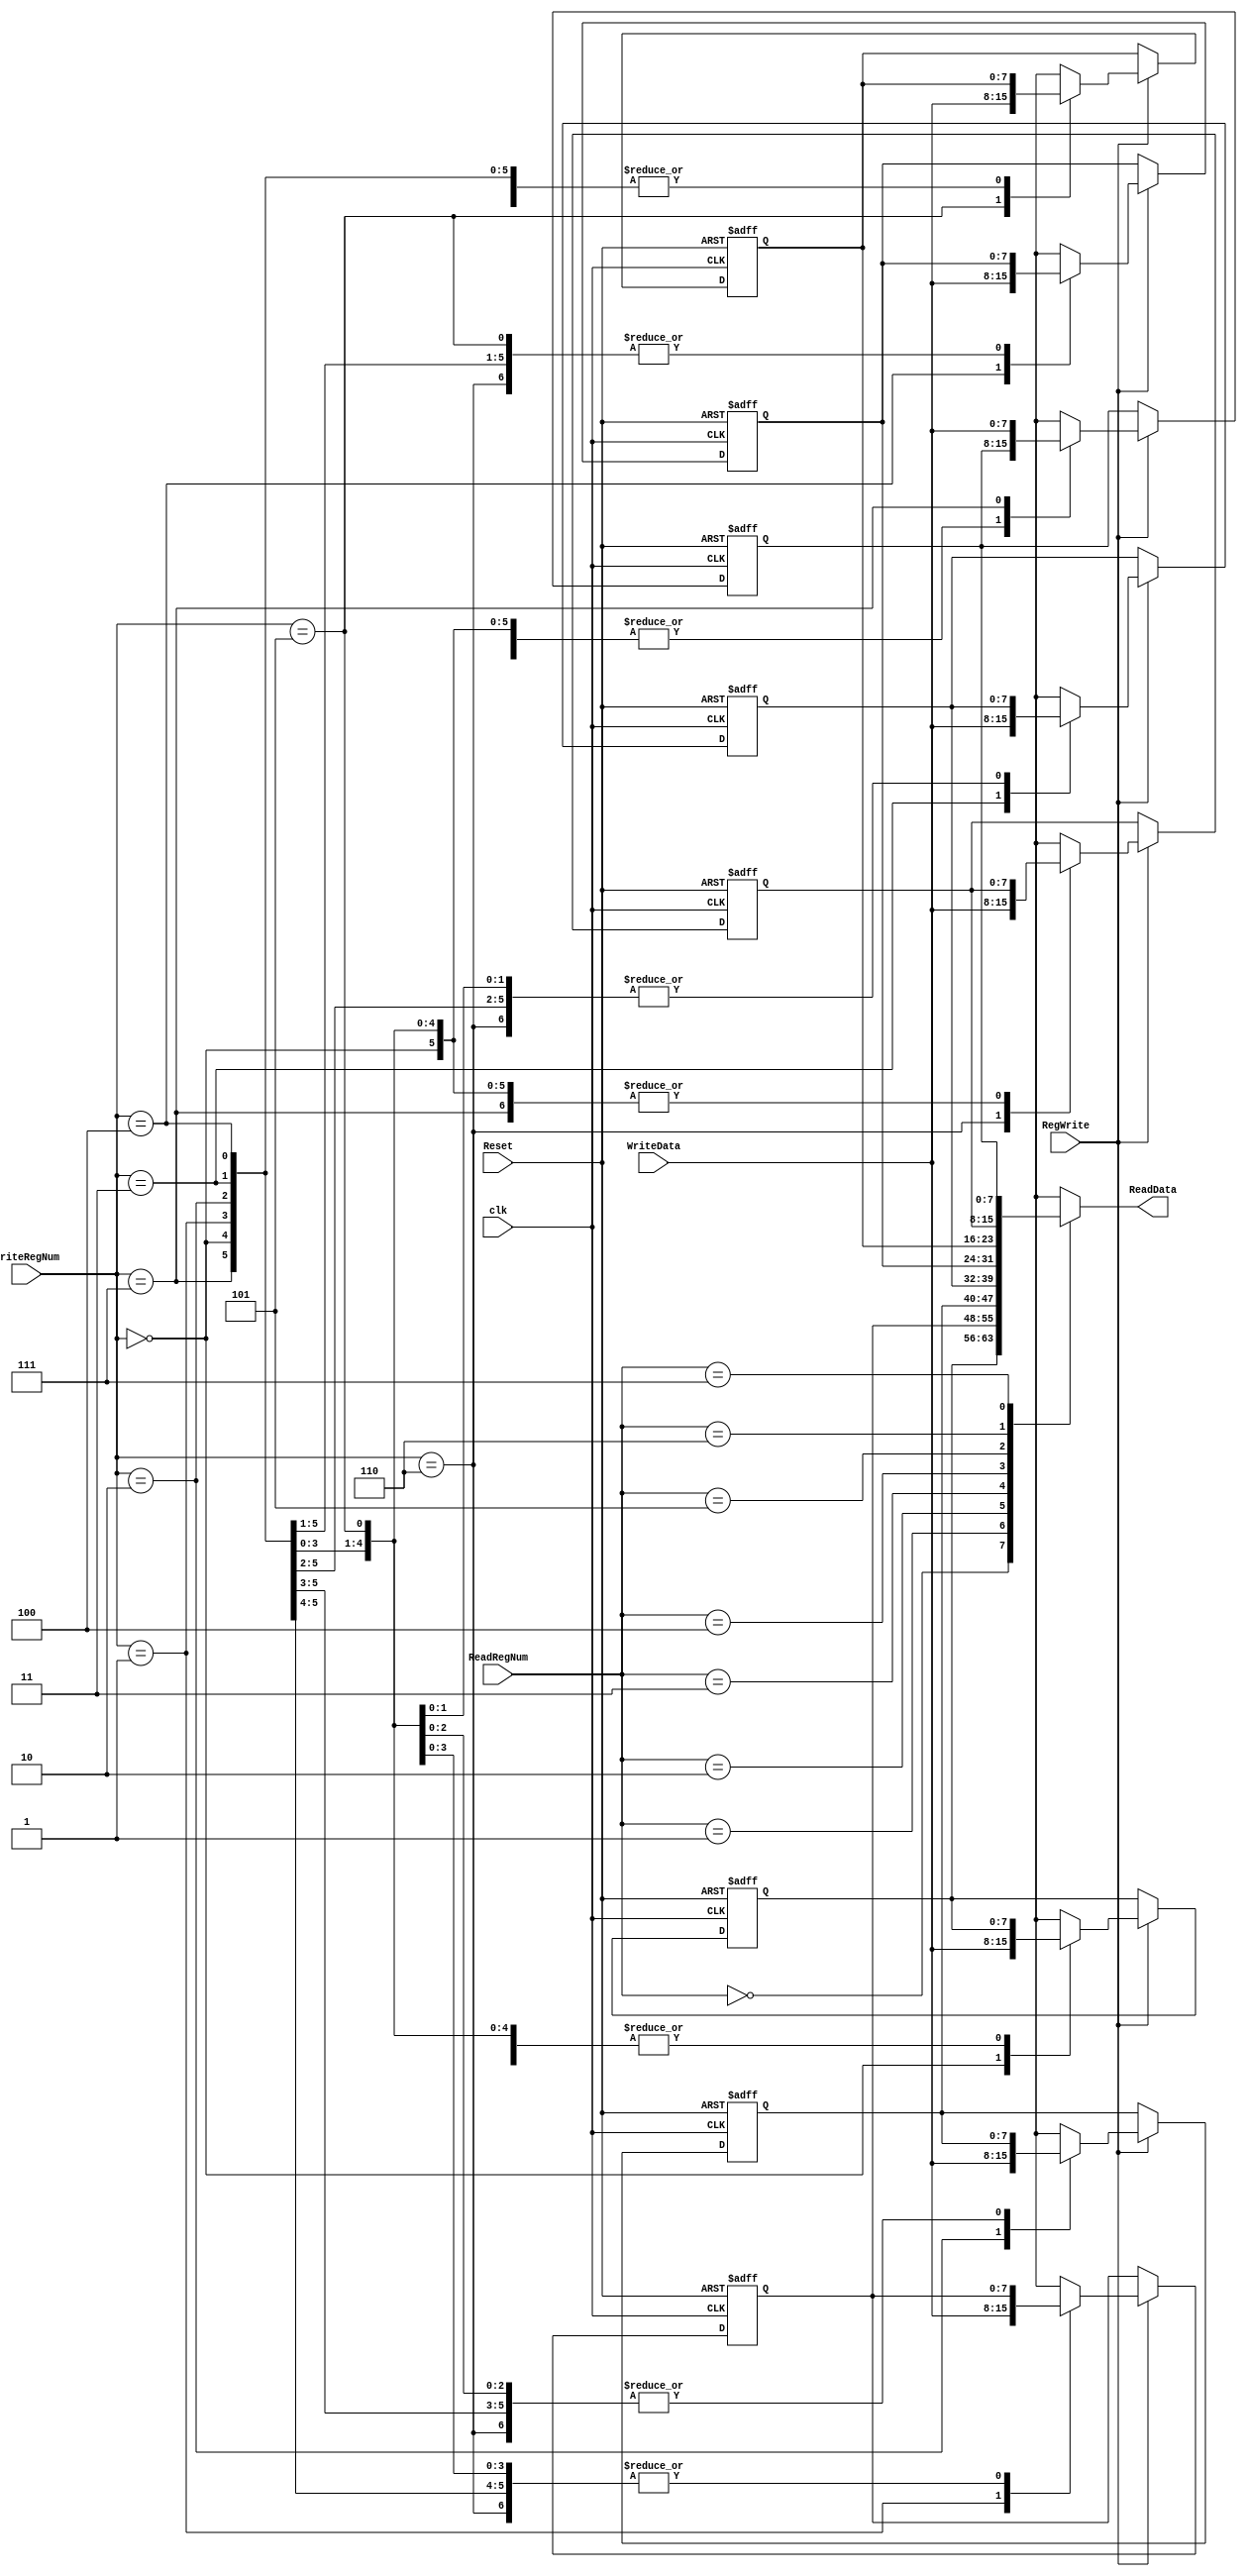
`timescale 1ns / 1ps
//////////////////////////////////////////////////////////////////////////////////
// Company: 
// Engineer: 
// 
// Design Name: 
// Module Name:    RegisterFile 
// Project Name: 
// Target Devices: 
// Tool versions: 
// Description: 
//
// Dependencies: 
//
// Revision: 
// Revision 0.01 - File Created
// Additional Comments: 
//
//////////////////////////////////////////////////////////////////////////////////
module RegisterFile(
    input [2:0] ReadRegNum,
    input [2:0] WriteRegNum,
    input [7:0] WriteData,
    output [7:0] ReadData,
    input RegWrite,
    input clk,
    input Reset
    );
reg [7:0] reg_mem [7:0];

assign ReadData = reg_mem[ReadRegNum];

always@(posedge clk, posedge Reset)
begin

	//If Reset bit is zero preload the register with default values
	if(Reset == 1)
	begin
		reg_mem[0]= 0;
		reg_mem[1]= 1;
		reg_mem[2]= 2;
		reg_mem[3]= 3;
		reg_mem[4]= 4;
		reg_mem[5]= 5;
		reg_mem[6]= 6;
		reg_mem[7]= 7;
	end

	else if(RegWrite == 1)
	begin
		reg_mem[WriteRegNum] = WriteData;
	end
	
end
endmodule